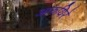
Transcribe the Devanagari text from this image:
आरुयिरे